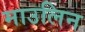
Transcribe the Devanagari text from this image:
माउलिन